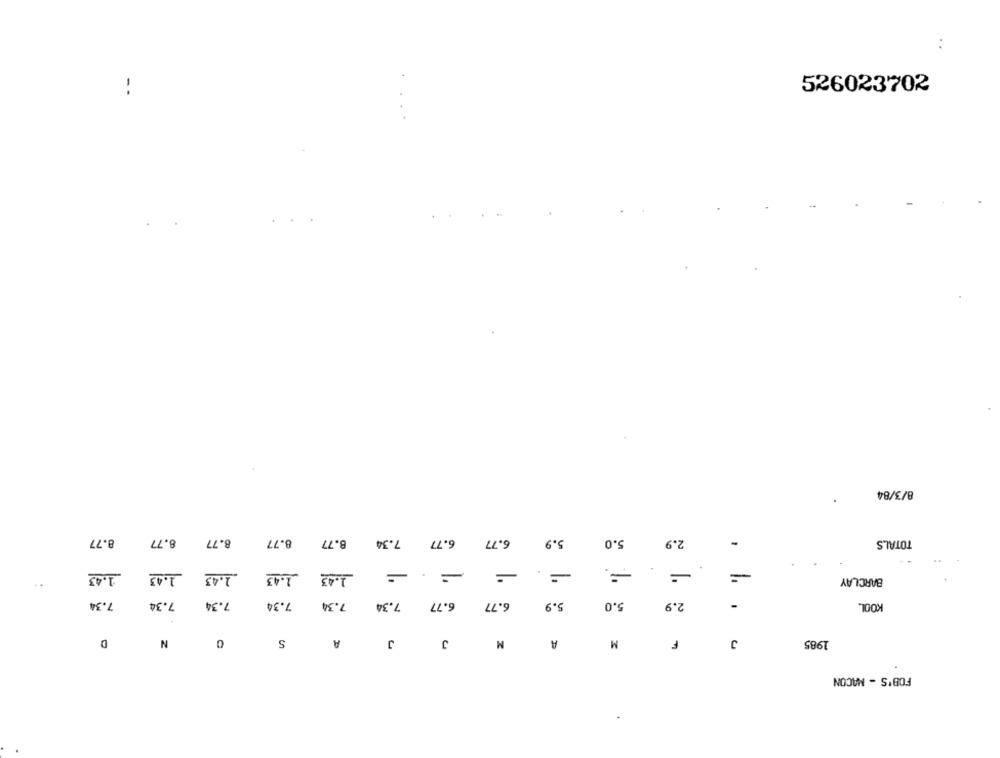
i
526023702
8/3/84
8.77
8.77
8.77
8.77
8.77
7.34
6.77
6.77
5.9
5.0
2.9
-
TOTALS
=
.
1.43
1.43
1.43
1.43
=
BARCLAY
7.34
7.34
7.34
7.34
7.34
7.34
6.77
6.77
5.9
5.0
2.9
KOOL
D
N
0
S
A
J
J
M
A
M
F
J
1985
FOB'S - MACON